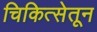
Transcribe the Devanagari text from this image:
चिकित्सेतून